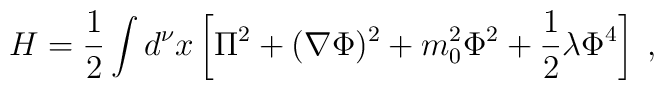
H=\frac{1}{2} \int d^\nu x \left[ \Pi^2 + ( \nabla \Phi )^2+ m_0^2 \Phi^2 + \frac{1}{2} \lambda \Phi^4 \right] \; ,